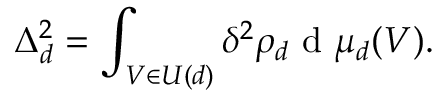
\Delta _ { d } ^ { 2 } = \int _ { V \in U ( d ) } \delta ^ { 2 } \rho _ { d } \mathrm { ~ d ~ } \mu _ { d } ( V ) .